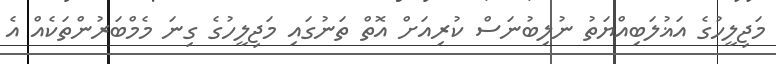
މަޖިލީހުގެ އަޣުލަބިއްޔަތު ނުލިބުނަސް ކުރިއަށް އޮތް ތަނުގައި މަޖިލީހުގެ ގިނަ މެމްބަރުންތަކެއް އެ